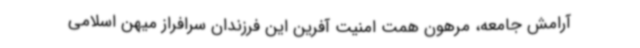
آرامش جامعه، مرهون همت امنیت آفرین این فرزندان سرافراز میهن اسلامی